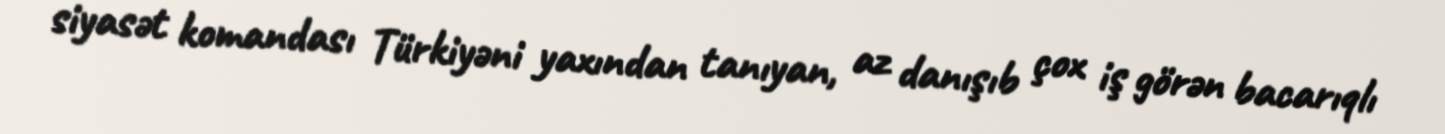
siyasət komandası Türkiyəni yaxından tanıyan, az danışıb çox iş görən bacarıqlı